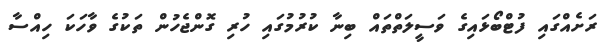
ރަށެއްގައި ފުޓްބޯޅައިގެ ވަސީލަތްތައް ބިނާ ކުރުމުގައި ހުރި ގޮންޖެހުން ތަކުގެ ވާހަކަ ހިއްސާ